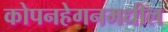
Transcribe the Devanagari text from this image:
कोपनहेगनमधील